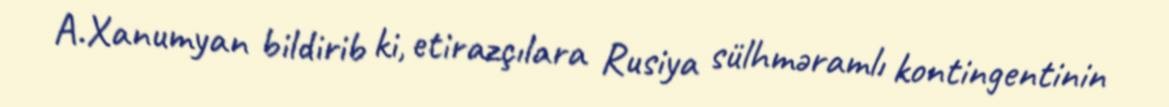
A.Xanumyan bildirib ki, etirazçılara Rusiya sülhməramlı kontingentinin